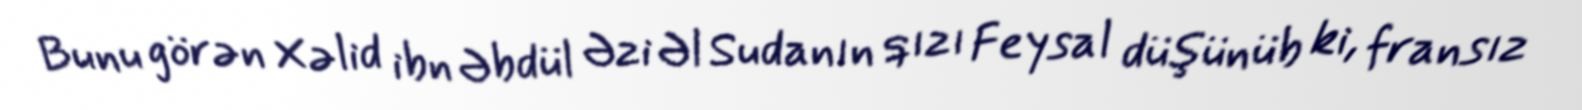
Bunu görən Xəlid ibn Əbdül Əzi Əl Sudanın qızı Feysal düşünüb ki, fransız